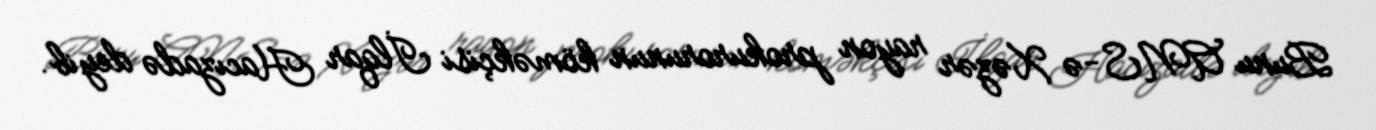
Bunu ANS-ə Xəzər rayon prokurorunun köməkçisi İlqar Hacızadə deyib.